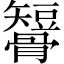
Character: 𥐒